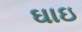
ઘાઇ